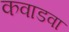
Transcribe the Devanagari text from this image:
कवाडवा